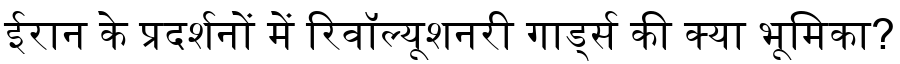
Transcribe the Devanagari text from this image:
ईरान के प्रदर्शनों में रिवॉल्यूशनरी गार्ड्स की क्या भूमिका?